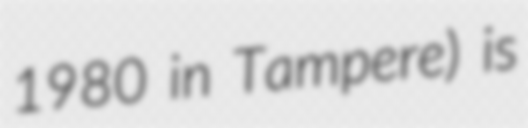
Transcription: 1980 in Tampere) is